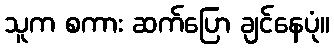
သူက စကား ဆက်ပြော ချင်နေပုံ။